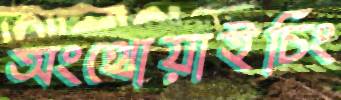
অংথোয়াইচিং